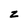
Character: z